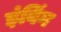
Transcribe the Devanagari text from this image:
इंविंग